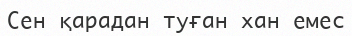
Сен қарадан туған хан емес